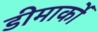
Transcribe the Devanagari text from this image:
डीमार्को